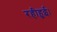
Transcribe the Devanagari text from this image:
रहीहुई।